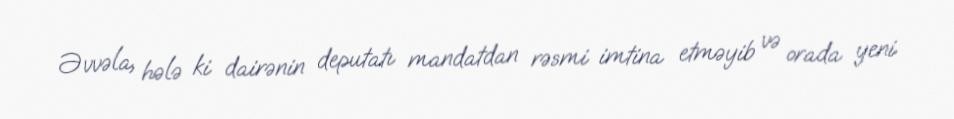
Əvvəla, hələ ki dairənin deputatı mandatdan rəsmi imtina etməyib və orada yeni